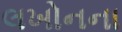
લખોનના